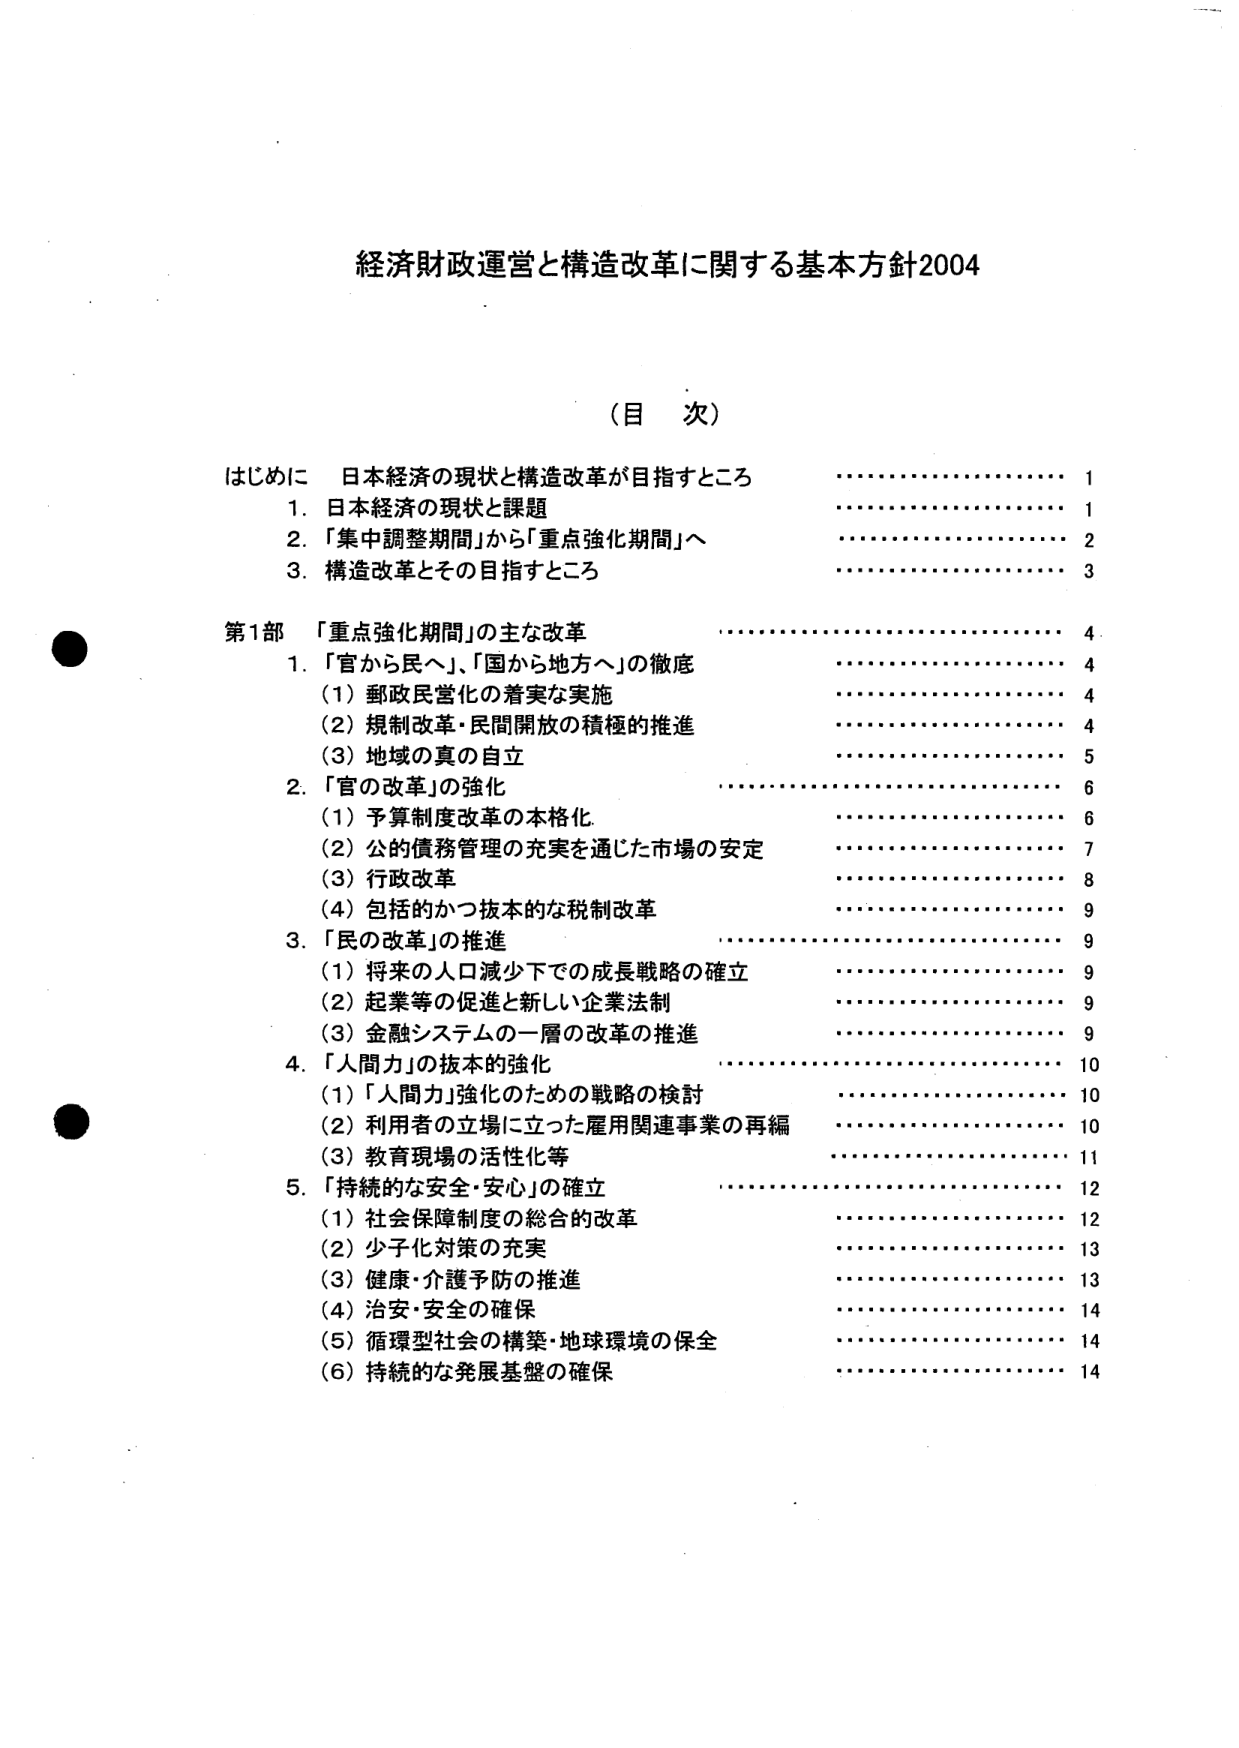
経済財政運営と構造改革に関する基本方針2004

（目 次）

はじめに 日本経済の現状と構造改革が目指すところ 1
1. 日本経済の現状と課題 1
2. 「集中調整期間」から「重点強化期間」へ 2
3. 構造改革とその目指すところ 3

第1部 「重点強化期間」の主な改革 4
1. 「官から民へ」、「国から地方へ」の徹底 4
（1）郵政民営化の着実な実施 4
（2）規制改革・民間開放の積極的推進 4
（3）地域の真の自立 5
2. 「官の改革」の強化 6
（1）予算制度改革の本格化 6
（2）公的債務管理の充実を通じた市場の安定 7
（3）行政改革 8
（4）包括的かつ抜本的な税制改革 9
3. 「民の改革」の推進 9
（1）将来の人口減少下での成長戦略の確立 9
（2）起業等の促進と新しい企業法制 9
（3）金融システムの一層の改革の推進 9
4. 「人間力」の抜本的強化 10
（1）「人間力」強化のための戦略の検討 10
（2）利用者の立場に立った雇用関連事業の再編 10
（3）教育現場の活性化等 11
5. 「持続的な安全・安心」の確立 12
（1）社会保障制度の総合的改革 12
（2）少子化対策の充実 13
（3）健康・介護予防の推進 13
（4）治安・安全の確保 14
（5）循環型社会の構築・地球環境の保全 14
（6）持続的な発展基盤の確保 14